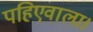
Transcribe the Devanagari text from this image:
पहिएवाला।